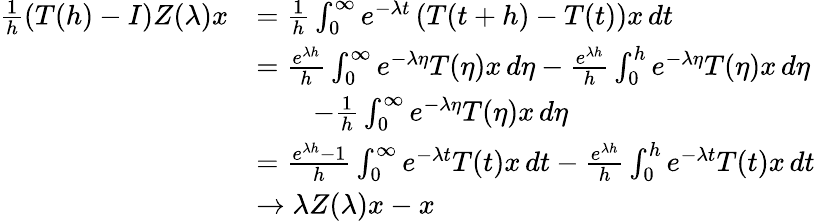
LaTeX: \begin{array}{rl}{\frac{1}{h}\left(T(h)-I\right)Z(\lambda)x}&{=\frac{1}{h}\int_{0}^{\infty}e^{-\lambda t}\left(T(t+h)-T(t)\right)x\, dt}\\ &{=\frac{e^{\lambda h}}{h}\int_{0}^{\infty}e^{-\lambda\eta}T(\eta)x\, d\eta-\frac{e^{\lambda h}}{h}\int_{0}^{h}e^{-\lambda\eta}T(\eta)x\, d\eta}\\ &{\qquad-\frac{1}{h}\int_{0}^{\infty}e^{-\lambda\eta}T(\eta)x\, d\eta}\\ &{=\frac{e^{\lambda h}-1}{h}\int_{0}^{\infty}e^{-\lambda t}T(t)x\, dt-\frac{e^{\lambda h}}{h}\int_{0}^{h}e^{-\lambda t}T(t)x\, dt}\\ &{\to\lambda Z(\lambda)x-x}\end{array}